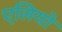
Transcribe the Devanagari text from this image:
एलियो